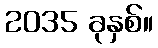
2035 ခုနှစ်။